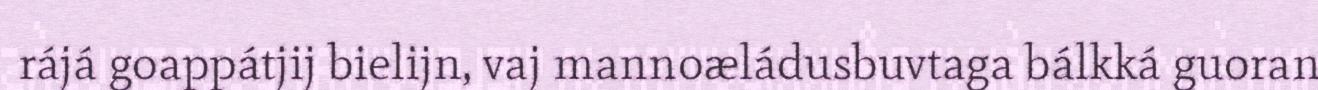
rájá goappátjij bielijn, vaj mannoæládusbuvtaga bálkká guoran